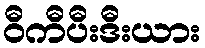
ဝီကီပီးဒီးယား